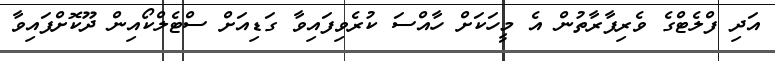
އަދި ފްލެޓްގެ ވެރިފާރާތުން އެ މީހަކަށް ހާއްސަ ކުރެވިފައިވާ ގަޑިއަށް ސްޓެލްކޯއިން ދޫކޮށްފައިވާ